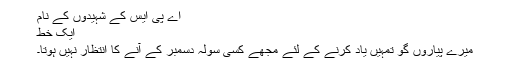
اے پی ایس کے شہیدوں کے نام
ایک خط
میرے پیاروں گو تمہیں یاد کرنے کے لئے مجھے کسی سولہ دسمبر کے آنے کا انتظار نہیں ہوتا۔